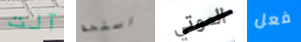
آلت اسلحة الموتي فعل